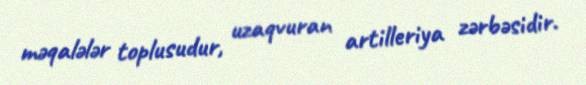
məqalələr toplusudur, uzaqvuran artilleriya zərbəsidir.